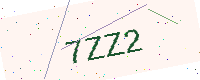
Text: 7ZZ2